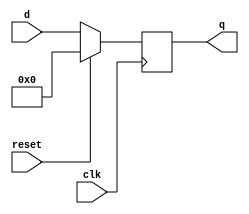
`timescale 1ns / 1ps
//////////////////////////////////////////////////////////////////////////////////
// Company: 
// Engineer: 
// 
// Design Name: 
// Module Name: FlipFlop
// Project Name: 
// Target Devices: 
// Tool Versions: 
// Description: 
// 
// Dependencies: 
// 
// Revision:
// Revision 0.01 - File Created
// Additional Comments:
// 
//////////////////////////////////////////////////////////////////////////////////


module FlipFlop (clk , reset , d, q); // FlipFlop module
    input clk;
    input reset;
    input [7:0]d;
    output [7:0]q;
    reg [7:0]q;

    always @ (posedge clk) // behaviour of flip-flop
        begin
            if (reset == 1)
            begin
                q = 0;
            end
            else if (reset == 0)
            begin
                q = d;
            end
         end
endmodule